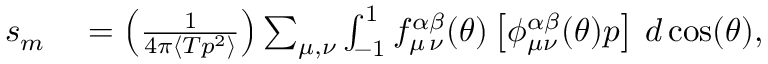
\begin{array} { r l } { s _ { m } } & { { } = \left( \frac { 1 } { 4 \pi \langle T p ^ { 2 } \rangle } \right) \sum _ { { \mu } , { \nu } } \int _ { - 1 } ^ { 1 } f _ { { \mu } \, { \nu } } ^ { \alpha \beta } ( \theta ) \left[ \phi _ { { \mu } { \nu } } ^ { \alpha \beta } ( \theta ) p \right] \, d \cos ( \theta ) , } \end{array}